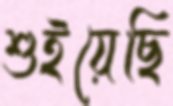
শুইয়েছি